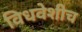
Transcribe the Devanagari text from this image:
विधवेशीच